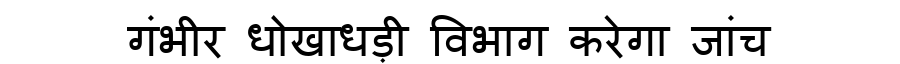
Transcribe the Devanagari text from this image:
गंभीर धोखाधड़ी विभाग करेगा जांच